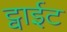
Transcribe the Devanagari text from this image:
ट्वाईट